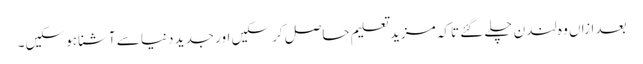
بعد ازاں وہ لندن چلے گئے تاکہ مزید تعلیم حاصل کر سکیں اور جدید دنیا سے آشنا ہو سکیں۔